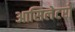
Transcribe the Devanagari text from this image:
आसिलेटरों